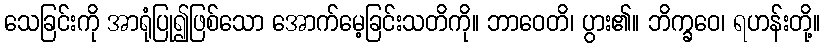
သေခြင်းကို အာရုံပြု၍ဖြစ်သော အောက်မေ့ခြင်းသတိကို။ ဘာဝေတိ၊ ပွား၏။ ဘိက္ခဝေ၊ ရဟန်းတို့။